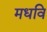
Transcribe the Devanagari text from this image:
मधवि